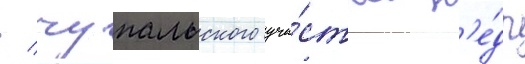
/ чупальского уча́стка н'е́др